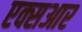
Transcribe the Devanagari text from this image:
एक्सआर